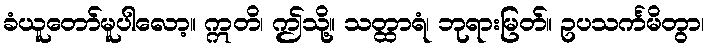
ခံယူတော်မူပါလော့။ ဣတိ၊ ဤသို့။ သတ္ထာရံ၊ ဘုရားမြတ်။ ဥပသင်္ကမိတွာ၊